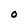
Character: O